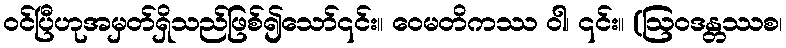
ဝင်ပြီဟုအမှတ်ရှိသည်ဖြစ်၍သော်၎င်း။ ဝေမတိကဿ ဝါ၊ ၎င်း။ (ဩဝဒန္တဿစ၊